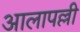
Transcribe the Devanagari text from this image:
आलापल्ली